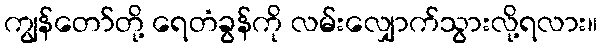
ကျွန်တော်တို့ ရေတံခွန်ကို လမ်းလျှောက်သွားလို့ရလား။